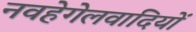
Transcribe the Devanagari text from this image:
नवहेगेलवादियों